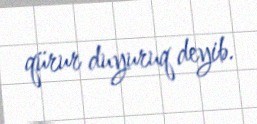
qürur duyuruq deyib.